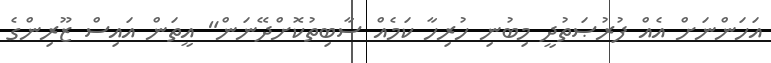
އަހަންނަށް އެއް ފުރުޞަތުދީ މިބުނި ހުރިހާ ކަމެއް ސާބިތުކޮށްދޭނަން" އީތަން އައިސް ޒޫރިންގެ